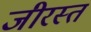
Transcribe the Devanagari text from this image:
जीरस्त